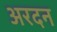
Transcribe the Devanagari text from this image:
अरदन